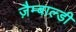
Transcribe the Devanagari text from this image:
ज़ैम्बाल्डी